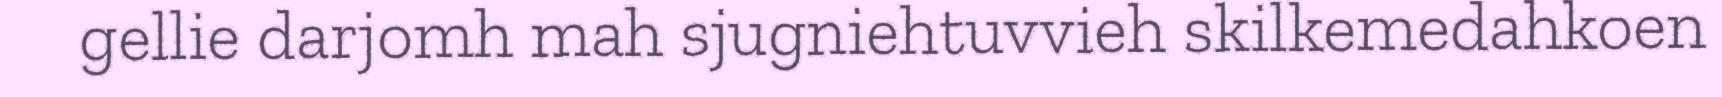
gellie darjomh mah sjugniehtuvvieh skilkemedahkoen